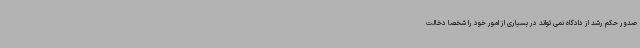
صدور حکم رشد از دادگاه نمی تواند در بسیاری از امور خود را شخصا دخالت